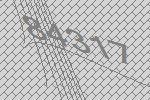
84317